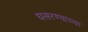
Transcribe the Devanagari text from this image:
घसरण्याच्या